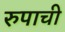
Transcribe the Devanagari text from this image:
रुपाची